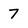
Character: 7